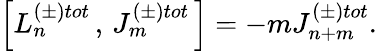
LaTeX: \left[L_{n}^{\left(\pm\right)tot}\, ,\, J_{m}^{\left(\pm\right)tot}\, \right]=-mJ_{n+m}^{\left(\pm\right)tot}.